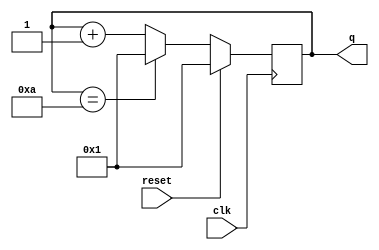
module top_module (
    input               clk     ,
    input               reset   ,
    output  [3 : 0]     q
);

    always @ (posedge clk) begin
        if      (reset)         q <= 4'b0001;
        else if (q == 4'd10)    q <= 4'b0001;
        else                    q <= q + 1'b1;
    end


endmodule